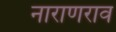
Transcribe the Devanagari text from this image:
नाराणराव